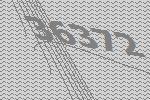
36372